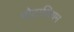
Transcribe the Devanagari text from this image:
पौटाशियम